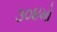
૩૦૪મો